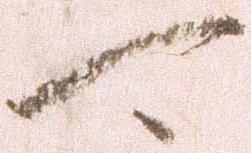
可